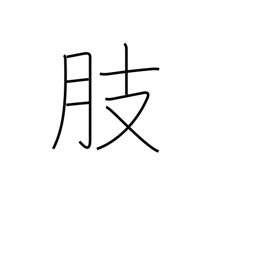
Meaning: limb